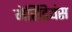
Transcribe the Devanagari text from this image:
मेरिडियंस